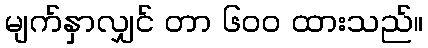
မျက်နှာလျှင် တာ ၆၀၀ ထားသည်။